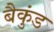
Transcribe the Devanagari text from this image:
बैकुंड